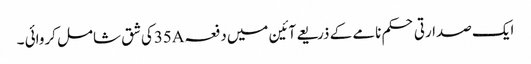
ایک صدارتی حکم نامے کے ذریعے آئین میں دفعہ35Aکی شق شامل کروائی ۔